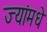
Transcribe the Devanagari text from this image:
ज्यांमधे